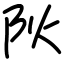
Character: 阦